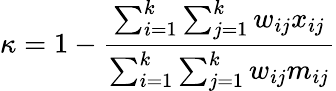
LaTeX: \kappa=1-{\frac{\sum_{i=1}^{k}\sum_{j=1}^{k}w_{ij}x_{ij}}{\sum_{i=1}^{k}\sum_{j=1}^{k}w_{ij}m_{ij}}}